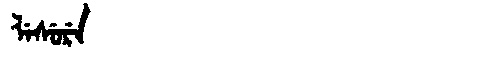
Manchu: ᠯᡝᠰᡠᡵᡝ
Romanization: LESURE